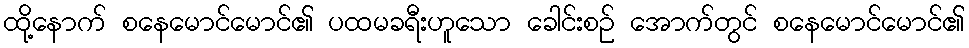
ထို့နောက် စနေမောင်မောင်၏ ပထမခရီးဟူသော ခေါင်းစဉ် အောက်တွင် စနေမောင်မောင်၏